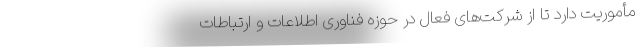
مأموریت دارد تا از شرکت‌های فعال در حوزه فناوری اطلاعات و ارتباطات